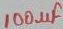
Text: 100µF